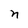
Character: n